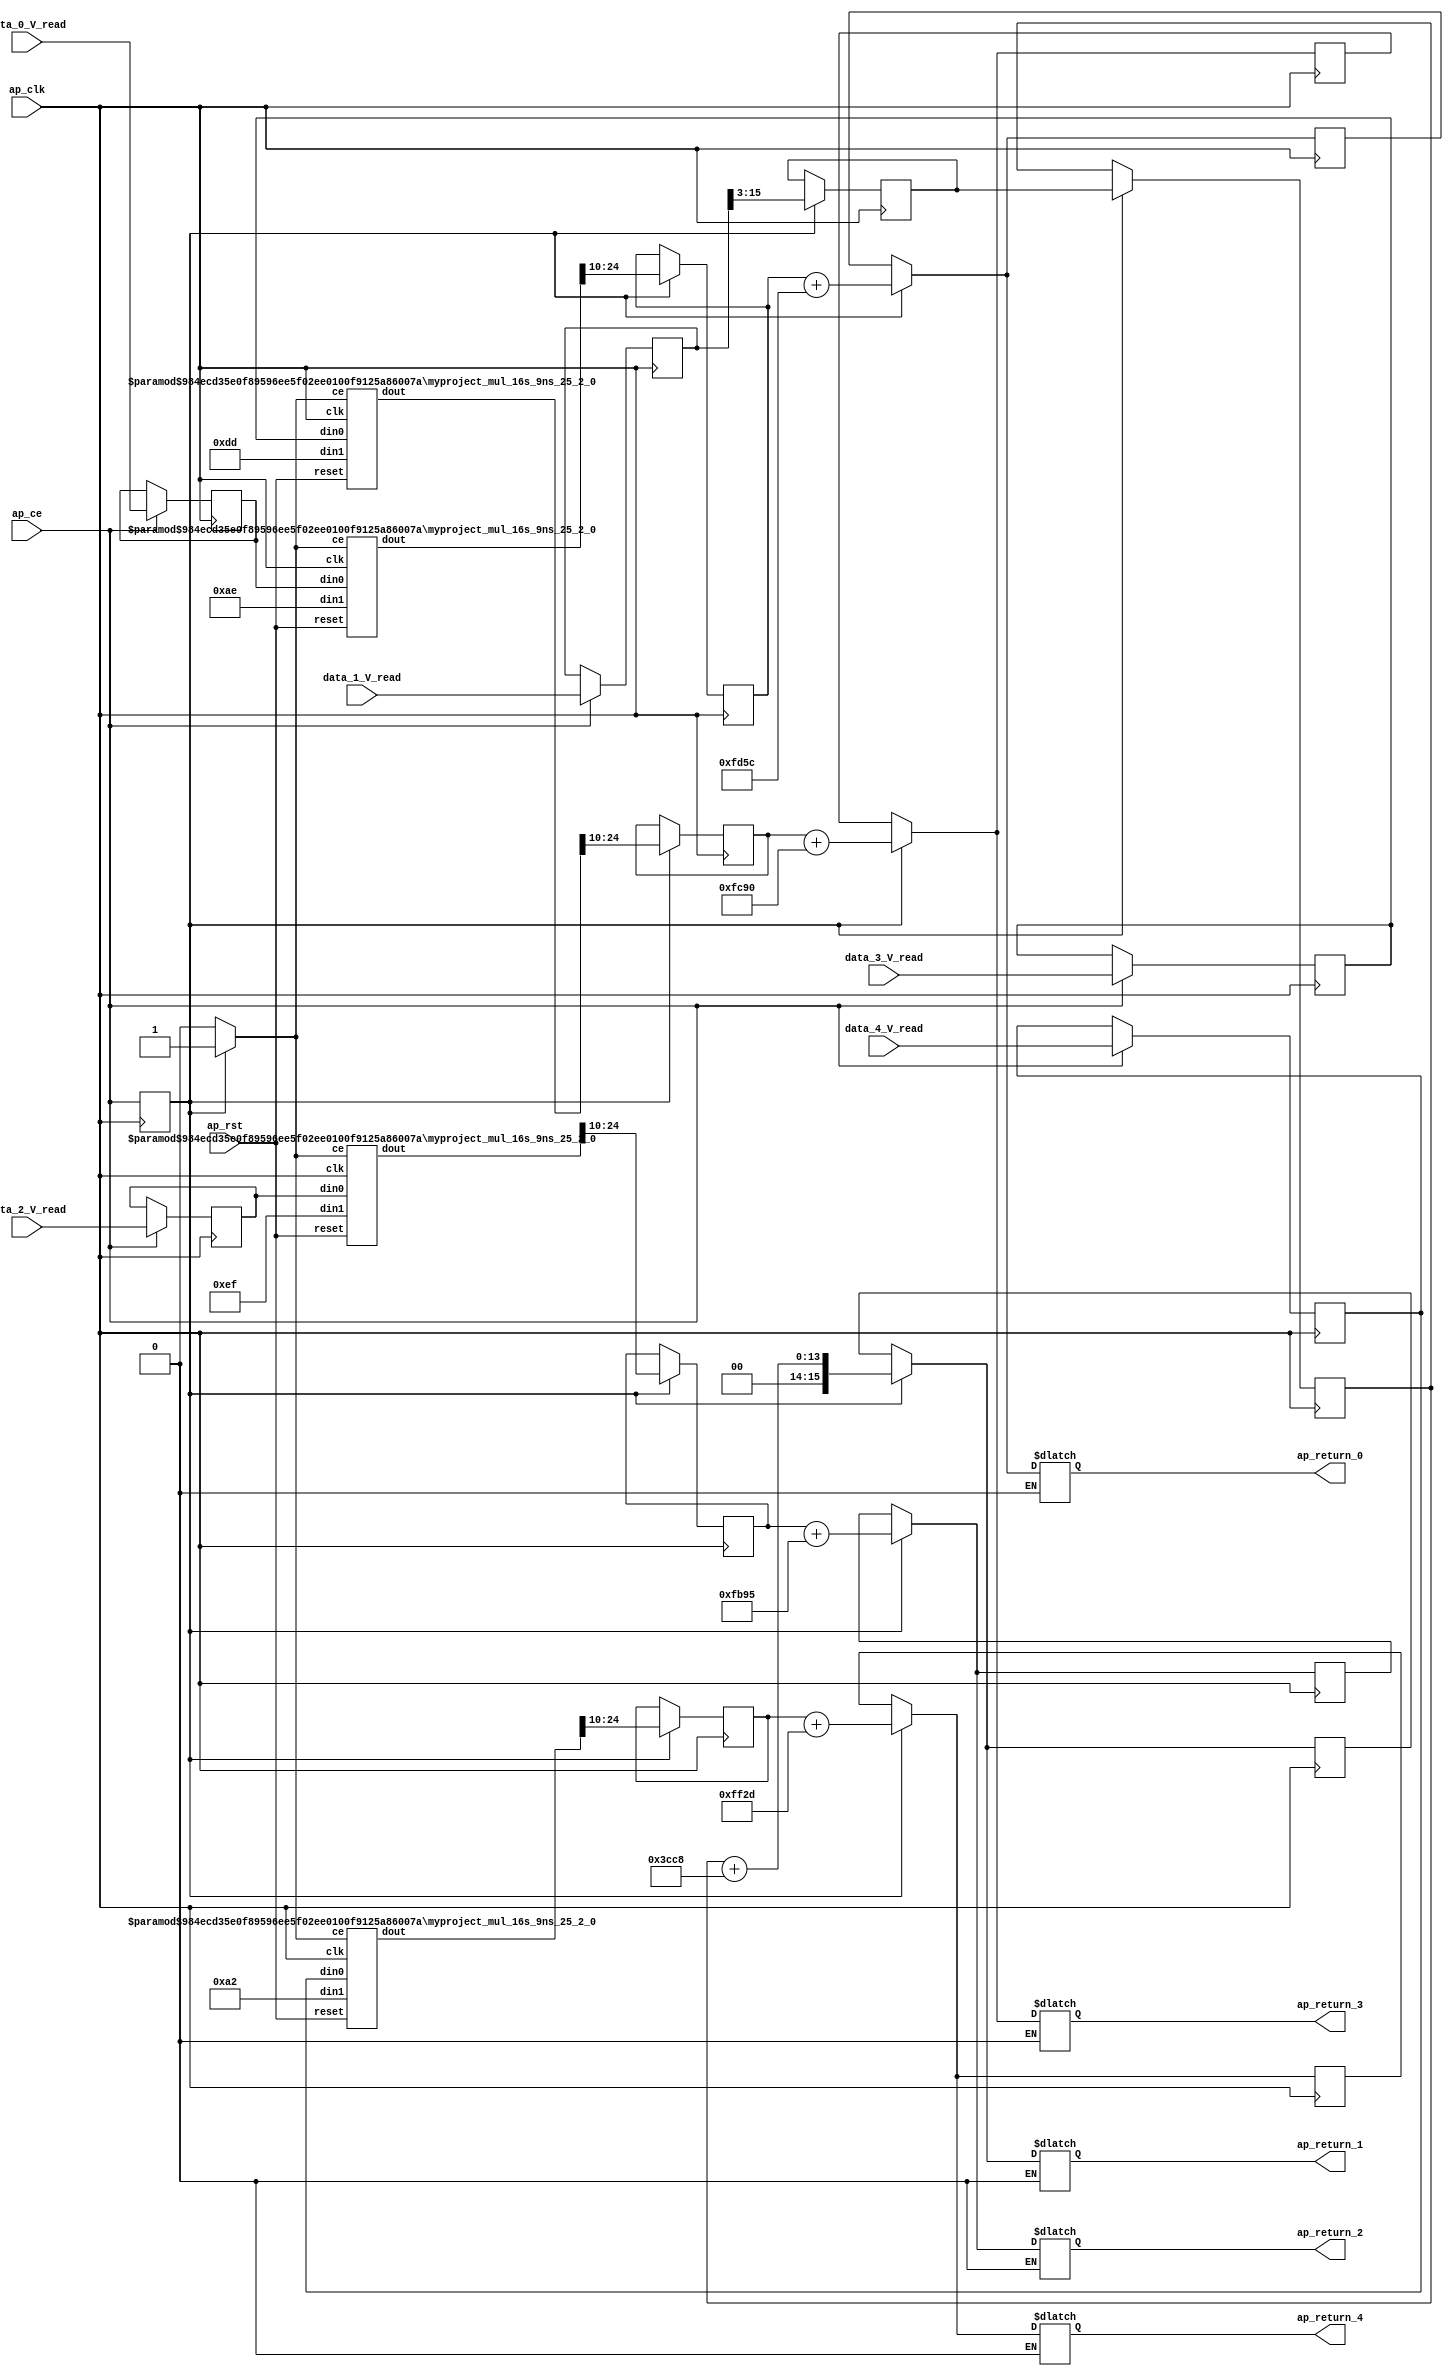

module normalize_ap_fixed_ap_fixed_config16_0_0_0_0_0_0_0_0_0_0 (
        ap_clk,
        ap_rst,
        data_0_V_read,
        data_1_V_read,
        data_2_V_read,
        data_3_V_read,
        data_4_V_read,
        ap_return_0,
        ap_return_1,
        ap_return_2,
        ap_return_3,
        ap_return_4,
        ap_ce
);


input   ap_clk;
input   ap_rst;
input  [15:0] data_0_V_read;
input  [15:0] data_1_V_read;
input  [15:0] data_2_V_read;
input  [15:0] data_3_V_read;
input  [15:0] data_4_V_read;
output  [15:0] ap_return_0;
output  [15:0] ap_return_1;
output  [15:0] ap_return_2;
output  [15:0] ap_return_3;
output  [15:0] ap_return_4;
input   ap_ce;

reg[15:0] ap_return_0;
reg[15:0] ap_return_1;
reg[15:0] ap_return_2;
reg[15:0] ap_return_3;
reg[15:0] ap_return_4;

wire    ap_block_state1_pp0_stage0_iter0;
wire    ap_block_state2_pp0_stage0_iter1;
wire    ap_block_state3_pp0_stage0_iter2;
wire    ap_block_pp0_stage0_11001;
reg   [12:0] trunc_ln708_s_reg_362;
reg   [12:0] trunc_ln708_s_reg_362_pp0_iter1_reg;
reg   [14:0] trunc_ln_reg_382;
reg   [14:0] trunc_ln708_1_reg_387;
reg   [14:0] trunc_ln708_2_reg_392;
reg   [14:0] trunc_ln708_3_reg_397;
wire   [8:0] grp_fu_95_p1;
wire    ap_block_pp0_stage0;
wire   [8:0] grp_fu_96_p1;
wire   [8:0] grp_fu_97_p1;
wire   [8:0] grp_fu_98_p1;
wire   [24:0] grp_fu_98_p2;
wire   [24:0] grp_fu_96_p2;
wire   [24:0] grp_fu_97_p2;
wire   [24:0] grp_fu_95_p2;
wire   [15:0] sext_ln708_fu_278_p1;
wire   [13:0] sext_ln703_fu_287_p1;
wire   [13:0] add_ln703_1_fu_290_p2;
wire   [15:0] sext_ln708_1_fu_300_p1;
wire   [15:0] sext_ln708_2_fu_309_p1;
wire   [15:0] sext_ln708_3_fu_318_p1;
wire   [15:0] add_ln703_fu_281_p2;
wire   [15:0] sext_ln703_1_fu_296_p1;
wire   [15:0] add_ln703_2_fu_303_p2;
wire   [15:0] add_ln703_3_fu_312_p2;
wire   [15:0] add_ln703_4_fu_321_p2;
reg    grp_fu_95_ce;
reg    grp_fu_96_ce;
reg    grp_fu_97_ce;
reg    grp_fu_98_ce;
reg    ap_ce_reg;
reg   [15:0] data_0_V_read_int_reg;
reg   [15:0] data_1_V_read_int_reg;
reg   [15:0] data_2_V_read_int_reg;
reg   [15:0] data_3_V_read_int_reg;
reg   [15:0] data_4_V_read_int_reg;
reg   [15:0] ap_return_0_int_reg;
reg   [15:0] ap_return_1_int_reg;
reg   [15:0] ap_return_2_int_reg;
reg   [15:0] ap_return_3_int_reg;
reg   [15:0] ap_return_4_int_reg;

myproject_mul_16s_9ns_25_2_0 #(
    .ID( 1 ),
    .NUM_STAGE( 2 ),
    .din0_WIDTH( 16 ),
    .din1_WIDTH( 9 ),
    .dout_WIDTH( 25 ))
myproject_mul_16s_9ns_25_2_0_U513(
    .clk(ap_clk),
    .reset(ap_rst),
    .din0(data_4_V_read_int_reg),
    .din1(grp_fu_95_p1),
    .ce(grp_fu_95_ce),
    .dout(grp_fu_95_p2)
);

myproject_mul_16s_9ns_25_2_0 #(
    .ID( 1 ),
    .NUM_STAGE( 2 ),
    .din0_WIDTH( 16 ),
    .din1_WIDTH( 9 ),
    .dout_WIDTH( 25 ))
myproject_mul_16s_9ns_25_2_0_U514(
    .clk(ap_clk),
    .reset(ap_rst),
    .din0(data_2_V_read_int_reg),
    .din1(grp_fu_96_p1),
    .ce(grp_fu_96_ce),
    .dout(grp_fu_96_p2)
);

myproject_mul_16s_9ns_25_2_0 #(
    .ID( 1 ),
    .NUM_STAGE( 2 ),
    .din0_WIDTH( 16 ),
    .din1_WIDTH( 9 ),
    .dout_WIDTH( 25 ))
myproject_mul_16s_9ns_25_2_0_U515(
    .clk(ap_clk),
    .reset(ap_rst),
    .din0(data_3_V_read_int_reg),
    .din1(grp_fu_97_p1),
    .ce(grp_fu_97_ce),
    .dout(grp_fu_97_p2)
);

myproject_mul_16s_9ns_25_2_0 #(
    .ID( 1 ),
    .NUM_STAGE( 2 ),
    .din0_WIDTH( 16 ),
    .din1_WIDTH( 9 ),
    .dout_WIDTH( 25 ))
myproject_mul_16s_9ns_25_2_0_U516(
    .clk(ap_clk),
    .reset(ap_rst),
    .din0(data_0_V_read_int_reg),
    .din1(grp_fu_98_p1),
    .ce(grp_fu_98_ce),
    .dout(grp_fu_98_p2)
);

always @ (posedge ap_clk) begin
    ap_ce_reg <= ap_ce;
end

always @ (posedge ap_clk) begin
    if ((1'b1 == ap_ce_reg)) begin
        ap_return_0_int_reg <= add_ln703_fu_281_p2;
        ap_return_1_int_reg <= sext_ln703_1_fu_296_p1;
        ap_return_2_int_reg <= add_ln703_2_fu_303_p2;
        ap_return_3_int_reg <= add_ln703_3_fu_312_p2;
        ap_return_4_int_reg <= add_ln703_4_fu_321_p2;
    end
end

always @ (posedge ap_clk) begin
    if ((1'b1 == ap_ce)) begin
        data_0_V_read_int_reg <= data_0_V_read;
        data_1_V_read_int_reg <= data_1_V_read;
        data_2_V_read_int_reg <= data_2_V_read;
        data_3_V_read_int_reg <= data_3_V_read;
        data_4_V_read_int_reg <= data_4_V_read;
    end
end

always @ (posedge ap_clk) begin
    if (((1'b0 == ap_block_pp0_stage0_11001) & (1'b1 == ap_ce_reg))) begin
        trunc_ln708_1_reg_387 <= {{grp_fu_96_p2[24:10]}};
        trunc_ln708_2_reg_392 <= {{grp_fu_97_p2[24:10]}};
        trunc_ln708_3_reg_397 <= {{grp_fu_95_p2[24:10]}};
        trunc_ln708_s_reg_362 <= {{data_1_V_read_int_reg[15:3]}};
        trunc_ln708_s_reg_362_pp0_iter1_reg <= trunc_ln708_s_reg_362;
        trunc_ln_reg_382 <= {{grp_fu_98_p2[24:10]}};
    end
end

always @ (*) begin
    if ((1'b0 == ap_ce_reg)) begin
        ap_return_0 = ap_return_0_int_reg;
    end else if ((1'b1 == ap_ce_reg)) begin
        ap_return_0 = add_ln703_fu_281_p2;
    end
end

always @ (*) begin
    if ((1'b0 == ap_ce_reg)) begin
        ap_return_1 = ap_return_1_int_reg;
    end else if ((1'b1 == ap_ce_reg)) begin
        ap_return_1 = sext_ln703_1_fu_296_p1;
    end
end

always @ (*) begin
    if ((1'b0 == ap_ce_reg)) begin
        ap_return_2 = ap_return_2_int_reg;
    end else if ((1'b1 == ap_ce_reg)) begin
        ap_return_2 = add_ln703_2_fu_303_p2;
    end
end

always @ (*) begin
    if ((1'b0 == ap_ce_reg)) begin
        ap_return_3 = ap_return_3_int_reg;
    end else if ((1'b1 == ap_ce_reg)) begin
        ap_return_3 = add_ln703_3_fu_312_p2;
    end
end

always @ (*) begin
    if ((1'b0 == ap_ce_reg)) begin
        ap_return_4 = ap_return_4_int_reg;
    end else if ((1'b1 == ap_ce_reg)) begin
        ap_return_4 = add_ln703_4_fu_321_p2;
    end
end

always @ (*) begin
    if (((1'b0 == ap_block_pp0_stage0_11001) & (1'b1 == ap_ce_reg))) begin
        grp_fu_95_ce = 1'b1;
    end else begin
        grp_fu_95_ce = 1'b0;
    end
end

always @ (*) begin
    if (((1'b0 == ap_block_pp0_stage0_11001) & (1'b1 == ap_ce_reg))) begin
        grp_fu_96_ce = 1'b1;
    end else begin
        grp_fu_96_ce = 1'b0;
    end
end

always @ (*) begin
    if (((1'b0 == ap_block_pp0_stage0_11001) & (1'b1 == ap_ce_reg))) begin
        grp_fu_97_ce = 1'b1;
    end else begin
        grp_fu_97_ce = 1'b0;
    end
end

always @ (*) begin
    if (((1'b0 == ap_block_pp0_stage0_11001) & (1'b1 == ap_ce_reg))) begin
        grp_fu_98_ce = 1'b1;
    end else begin
        grp_fu_98_ce = 1'b0;
    end
end

assign add_ln703_1_fu_290_p2 = ((sext_ln703_fu_287_p1) + (14'd15560));

assign add_ln703_2_fu_303_p2 = ((sext_ln708_1_fu_300_p1) + (16'd64405));

assign add_ln703_3_fu_312_p2 = ((sext_ln708_2_fu_309_p1) + (16'd64656));

assign add_ln703_4_fu_321_p2 = ((sext_ln708_3_fu_318_p1) + (16'd65325));

assign add_ln703_fu_281_p2 = ((sext_ln708_fu_278_p1) + (16'd64860));

assign ap_block_pp0_stage0 = ~(1'b1 == 1'b1);

assign ap_block_pp0_stage0_11001 = ~(1'b1 == 1'b1);

assign ap_block_state1_pp0_stage0_iter0 = ~(1'b1 == 1'b1);

assign ap_block_state2_pp0_stage0_iter1 = ~(1'b1 == 1'b1);

assign ap_block_state3_pp0_stage0_iter2 = ~(1'b1 == 1'b1);

assign grp_fu_95_p1 = 25'd162;

assign grp_fu_96_p1 = 25'd239;

assign grp_fu_97_p1 = 25'd221;

assign grp_fu_98_p1 = 25'd174;

assign sext_ln703_1_fu_296_p1 = (add_ln703_1_fu_290_p2);

assign sext_ln703_fu_287_p1 = (trunc_ln708_s_reg_362_pp0_iter1_reg);

assign sext_ln708_1_fu_300_p1 = (trunc_ln708_1_reg_387);

assign sext_ln708_2_fu_309_p1 = (trunc_ln708_2_reg_392);

assign sext_ln708_3_fu_318_p1 = (trunc_ln708_3_reg_397);

assign sext_ln708_fu_278_p1 = (trunc_ln_reg_382);

endmodule //normalize_ap_fixed_ap_fixed_config16_0_0_0_0_0_0_0_0_0_0
module myproject_mul_16s_9ns_25_2_0(
    clk,
    reset,
    ce,
    din0,
    din1,
    dout);

parameter ID = 32'd1;
parameter NUM_STAGE = 32'd1;
parameter din0_WIDTH = 32'd1;
parameter din1_WIDTH = 32'd1;
parameter dout_WIDTH = 32'd1;
input clk;
input reset;
input ce;
input[din0_WIDTH - 1:0] din0;
input[din1_WIDTH - 1:0] din1;
output[dout_WIDTH - 1:0] dout;



myproject_mul_16s_9ns_25_2_0_MulnS_3 myproject_mul_16s_9ns_25_2_0_MulnS_3_U(
    .clk( clk ),
    .ce( ce ),
    .a( din0 ),
    .b( din1 ),
    .p( dout ));

endmodule
module myproject_mul_16s_9ns_25_2_0_MulnS_3(clk, ce, a, b, p);
input clk;
input ce;
input  [16 - 1 : 0] a;
input [9 - 1 : 0] b;
output[25 - 1 : 0] p;
reg  [25 - 1 : 0] p;
wire  [25 - 1 : 0] tmp_product;

assign tmp_product = (a) * ({1'b0, b});
always @ (posedge clk) begin
    if (ce) begin
        p <= tmp_product;
    end
end
endmodule